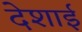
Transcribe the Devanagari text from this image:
देशाई